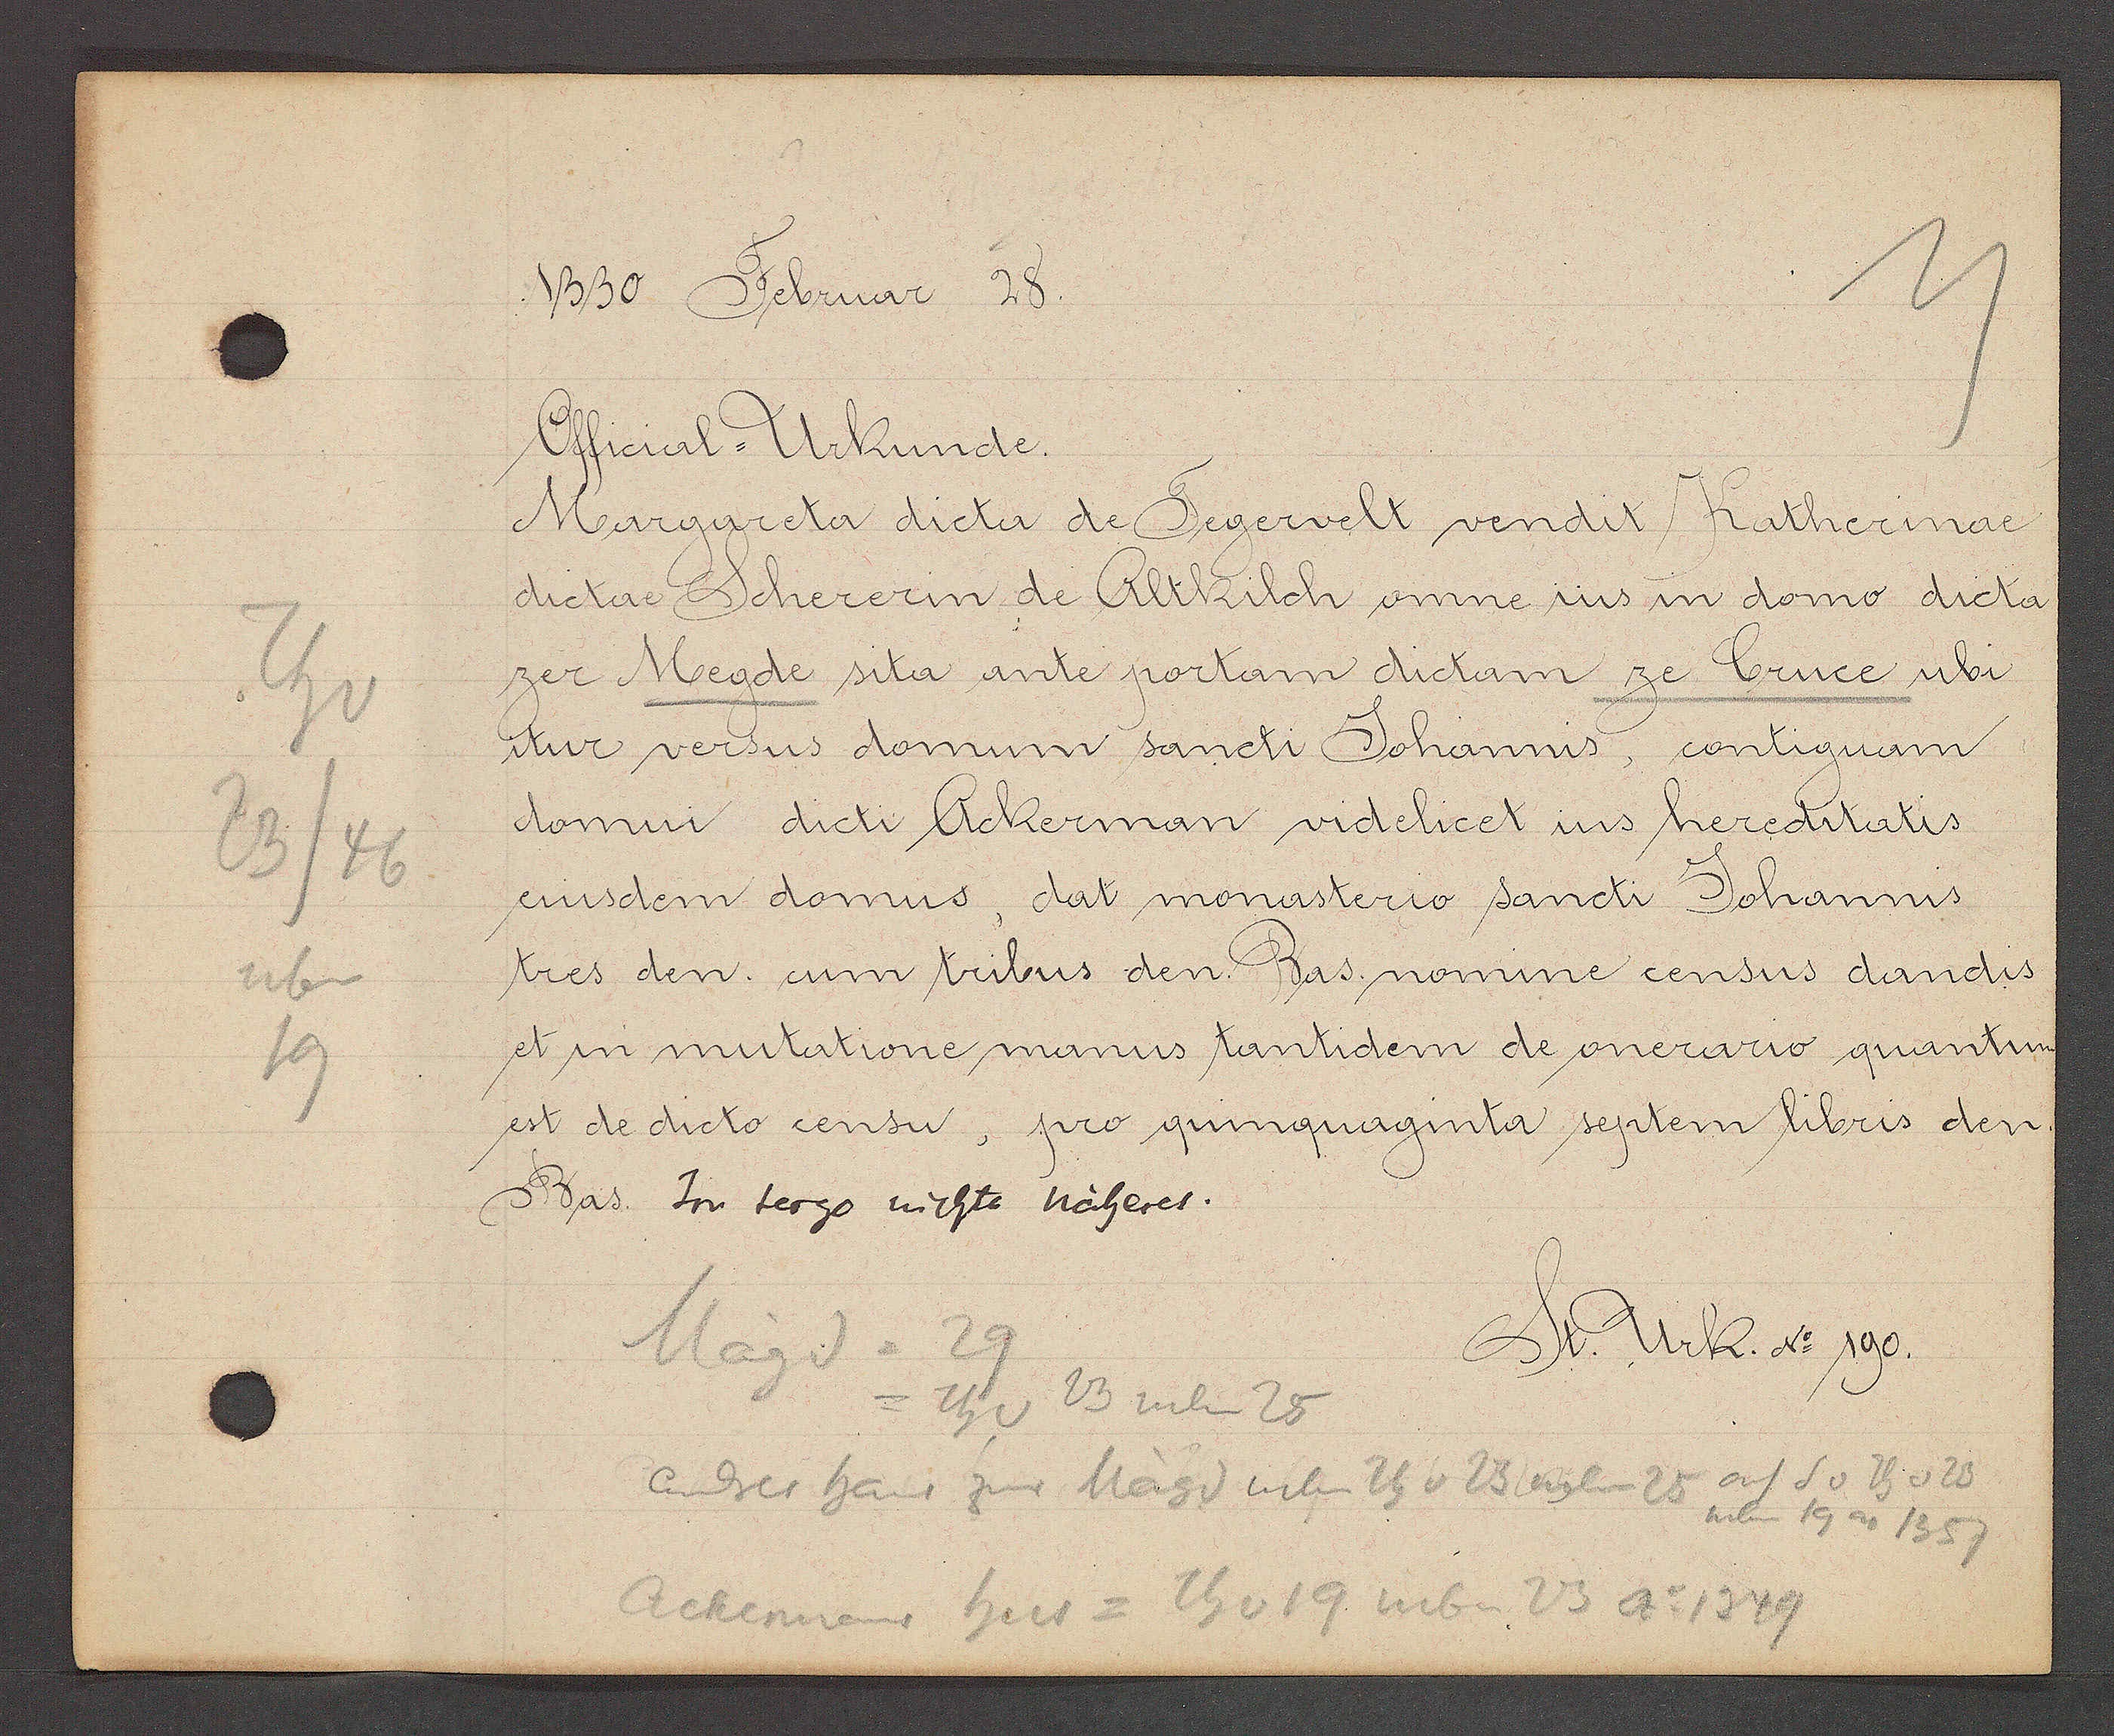
Transcript:
Th v
23/46
neben
19

1330 Februar 28.

Official-Urkunde.
Margareta dicta de Tegervelt vendit Katherinae
dicta Schererin de Altkilch omne ius in domo dicta
zer Megde sita ante portam dictam ze Cruce ubi
itur versus domum sancti Johannis, contiguam.
domui dicti Ackerman videlicet ius hereditatis
eiusdem domus, dat monasterio sancti Johannis
tres den. cum tribus den. Bas. nomine census dandis
et in mutatione manus tantidem de onerario quantum
est de dicto censu, pro quinquaginta septem libris den.
Bas. In terg nichts näheres.

Magd = 29
= Th v 23 neben 25
auf S v Th v 23
ander Haus zur Mägd neben Th v 23 neben 25
neben 49 ao 1357
Acherman hus = Th v 19 neben 23 Ao 1349

St. Urk. No 190.